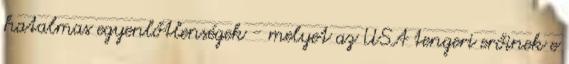
hatalmas egyenlőtlenségek - melyet az USA tengeri erőinek e